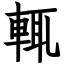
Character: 輒